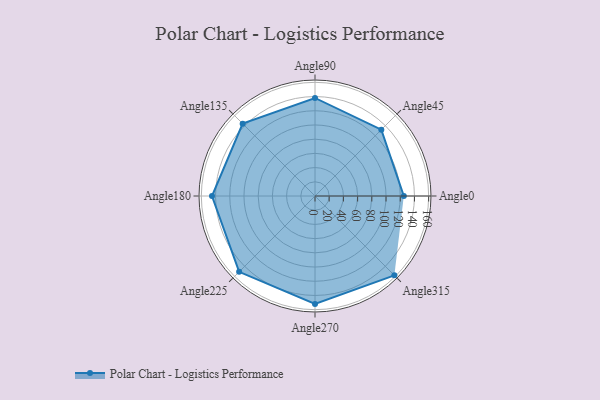
{"axis": {"x": "Angle", "y": "Radius"}, "legend": [""], "data": [{"x": "Angle0", "y": 125.0, "type": ""}, {"x": "Angle45", "y": 132.0, "type": ""}, {"x": "Angle90", "y": 138.0, "type": ""}, {"x": "Angle135", "y": 144.0, "type": ""}, {"x": "Angle180", "y": 145.0, "type": ""}, {"x": "Angle225", "y": 151.0, "type": ""}, {"x": "Angle270", "y": 152.0, "type": ""}, {"x": "Angle315", "y": 158.0, "type": ""}]}